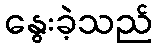
နွေးခဲ့သည်